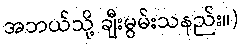
အဘယ်သို့ ချီးမွမ်းသနည်း။)